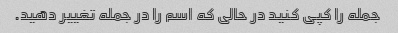
جمله را کپی کنید در حالی که اسم را در جمله تغییر دهید.